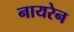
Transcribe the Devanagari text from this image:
नायरेन